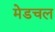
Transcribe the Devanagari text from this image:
मेडचल